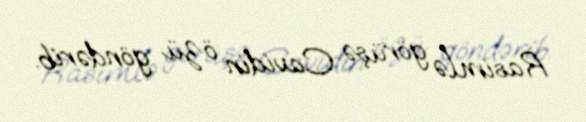
Rasimlə görüşə Cavidin özü göndərib.